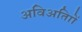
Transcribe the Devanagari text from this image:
अविअतािों